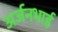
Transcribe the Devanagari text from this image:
अर्जनभाई